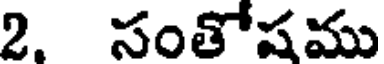
2. సంతోషము